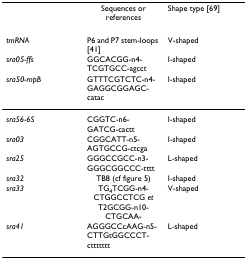
<table><thead><tr><td></td><td><b>Sequences or references</b></td><td><b>Shape type [69]</b></td></tr></thead><tbody><tr><td><i>tmRNA</i></td><td>P6 and P7 stem-loops [41]</td><td>V-shaped</td></tr><tr><td><i>sra05-ffs</i></td><td>GGCACGG-n4-TCGTGCC-agcct</td><td>I-shaped</td></tr><tr><td><i>sra50-rnpB</i></td><td>GTTTCGTCTC-n4-GAGGCGGAGC-catac</td><td>I-shaped</td></tr><tr><td><i>sra56-6S</i></td><td>CGGTC-n6-GATCG-cactt</td><td>I-shaped</td></tr><tr><td><i>sra03</i></td><td>CGGCATT-n5-AGTGCCG-ctcga</td><td>I-shaped</td></tr><tr><td><i>sra25</i></td><td>GGGCCGCC-n3-GGGCGGCCC-tttt</td><td>L-shaped</td></tr><tr><td><i>sra32</i></td><td>TB8 (cf figure 5)</td><td>I-shaped</td></tr><tr><td><i>sra33</i></td><td>TG<sub>4</sub>TCGG-n4-CTGGCCTCG <i>et </i>T2GCGG-n10-CTGCAA-</td><td>V-shaped</td></tr><tr><td><i>sra41</i></td><td>AGGGCCcAAG-n5-CTTGtGGCCCT-cttttttt</td><td>L-shaped</td></tr></tbody></table>